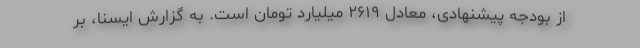
از بودجه پیشنهادی، معادل ۲۶۱۹ میلیارد تومان است. به گزارش ایسنا، بر